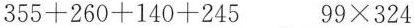
$$355+260+140+245$$ $$99\times 324$$